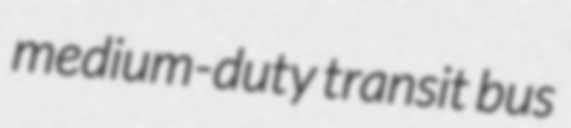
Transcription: medium-duty transit bus